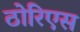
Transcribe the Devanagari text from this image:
ठोरिएस